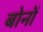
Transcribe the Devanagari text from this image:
बोनों